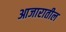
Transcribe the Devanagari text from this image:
आजारातील